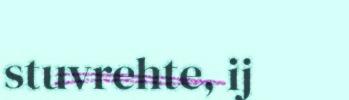
stuvrehte, ij